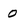
Character: 0